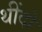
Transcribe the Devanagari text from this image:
थींदो